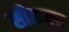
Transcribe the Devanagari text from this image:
सीतायन